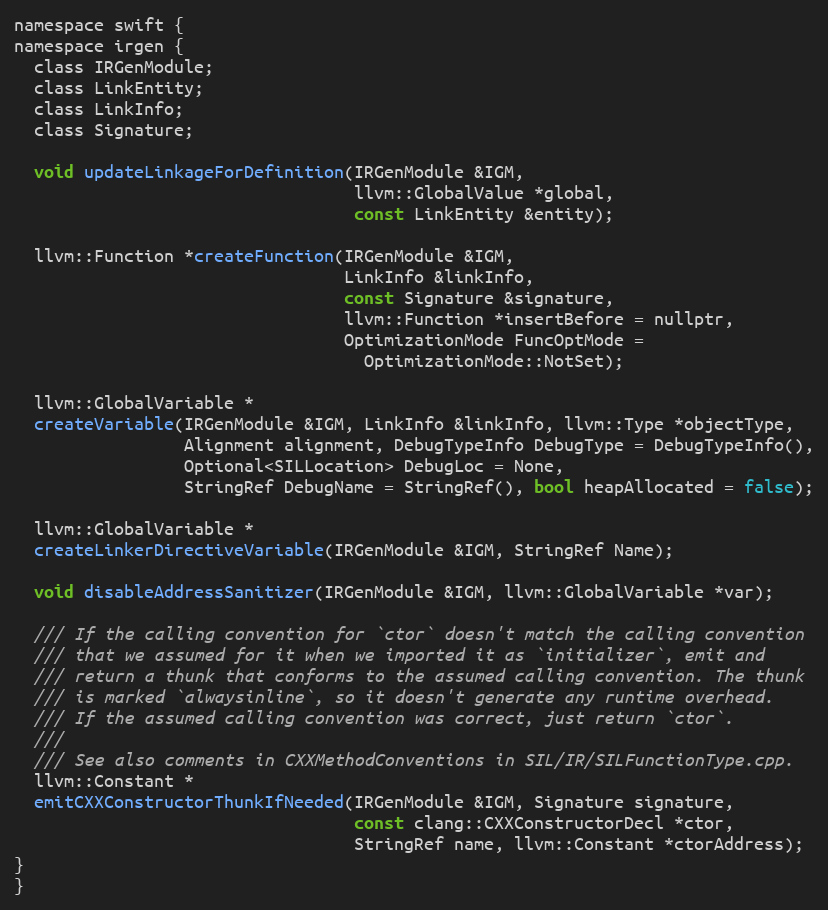
Language: C
namespace swift {
namespace irgen {
  class IRGenModule;
  class LinkEntity;
  class LinkInfo;
  class Signature;

  void updateLinkageForDefinition(IRGenModule &IGM,
                                  llvm::GlobalValue *global,
                                  const LinkEntity &entity);

  llvm::Function *createFunction(IRGenModule &IGM,
                                 LinkInfo &linkInfo,
                                 const Signature &signature,
                                 llvm::Function *insertBefore = nullptr,
                                 OptimizationMode FuncOptMode =
                                   OptimizationMode::NotSet);

  llvm::GlobalVariable *
  createVariable(IRGenModule &IGM, LinkInfo &linkInfo, llvm::Type *objectType,
                 Alignment alignment, DebugTypeInfo DebugType = DebugTypeInfo(),
                 Optional<SILLocation> DebugLoc = None,
                 StringRef DebugName = StringRef(), bool heapAllocated = false);

  llvm::GlobalVariable *
  createLinkerDirectiveVariable(IRGenModule &IGM, StringRef Name);

  void disableAddressSanitizer(IRGenModule &IGM, llvm::GlobalVariable *var);

  /// If the calling convention for `ctor` doesn't match the calling convention
  /// that we assumed for it when we imported it as `initializer`, emit and
  /// return a thunk that conforms to the assumed calling convention. The thunk
  /// is marked `alwaysinline`, so it doesn't generate any runtime overhead.
  /// If the assumed calling convention was correct, just return `ctor`.
  ///
  /// See also comments in CXXMethodConventions in SIL/IR/SILFunctionType.cpp.
  llvm::Constant *
  emitCXXConstructorThunkIfNeeded(IRGenModule &IGM, Signature signature,
                                  const clang::CXXConstructorDecl *ctor,
                                  StringRef name, llvm::Constant *ctorAddress);
}
}